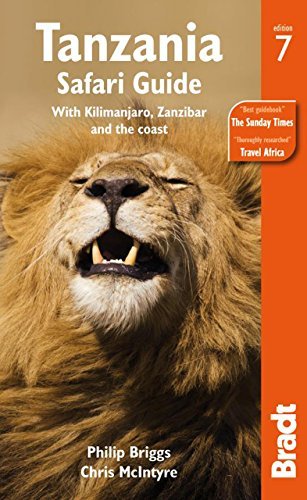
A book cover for By Philip Briggs Tanzania Safari Guide: With Kilimanjaro, Zanzibar And The Coast (Bradt Travel Guide) (Seventh Edition); Travel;